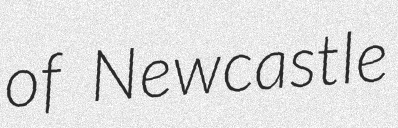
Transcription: of Newcastle